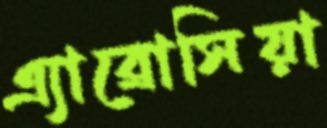
এ্যাব্রোসিয়া